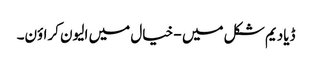
ڈیادیم شکل میں - خیال میں الیون کراؤن۔